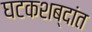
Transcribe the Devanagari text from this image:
घटकशब्दांत